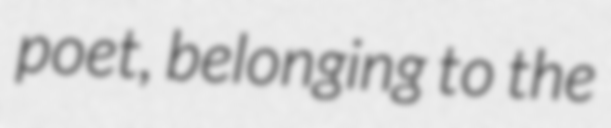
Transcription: poet, belonging to the